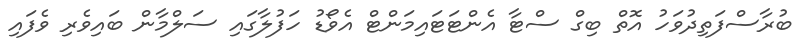
ބުރާސްފަތިދުވަހު އޮތް ބިގް ސްޓާ އެންޓަޓައިމަންޓް އެވޯޑު ހަފުލާގައި ސަލްމާން ބައިވެރި ވެފައި